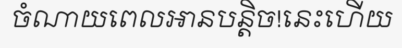
ចំណាយពេលអានបន្តិច!នេះហើយ